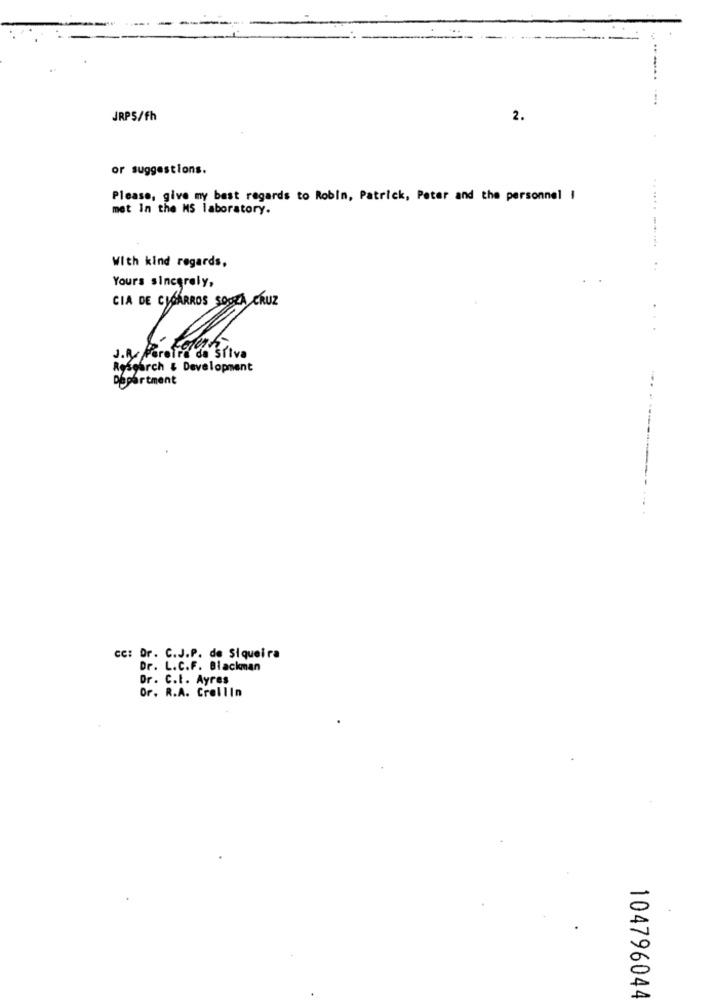
JRPS/fh
2.
or suggestions.
Please, give my best regards to Robin, Patrick, Peter and the personnel I
met In the MS laboratory.
With kind regards,
Yours sincerely,
CIA DE CIGARROS SOOLA CRUZ
3.Ry Perofre de Silva
Research & Development
Department
cc: Dr. C.J.P. de Siqueira
Dr. L.C.F. Blackman
Dr. C.t. Ayres
Or. R.A. Crollin
104796044